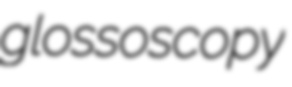
glossoscopy